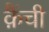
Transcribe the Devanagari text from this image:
क़ैंची